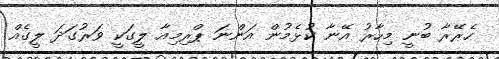
ހެރޭރާ ބުނީ މިހާރު އޭނާ ކުޅެމުން އަންނަ ޕްރިމިއާ ލީގަކީ ވަރުގަދަ ލީގެއް